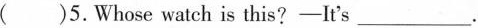
( )5.Whose watch is this? —— It's ___ .